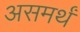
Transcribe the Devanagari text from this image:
असमर्थं